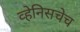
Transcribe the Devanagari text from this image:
व्हेनिसचेच